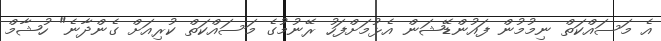
އެ މަސައްކަތް ނިމުމުން ފައުންޑޭޝަން އެޅުމަށްފަހު ރޭނުމުގެ މަސައްކަތް ކުރިއަށް ގެންދާނެ" ހުޝާމް